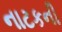
નાટકની